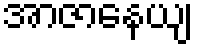
အာဇာနေယျ